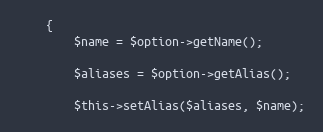
Language: PHP
	{
		$name = $option->getName();

		$aliases = $option->getAlias();

		$this->setAlias($aliases, $name);